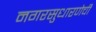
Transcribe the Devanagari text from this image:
नगरसुधारणेची